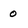
Character: 0